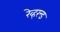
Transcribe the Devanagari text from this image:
रेव्हरन्ड